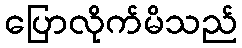
ပြောလိုက်မိသည်